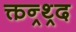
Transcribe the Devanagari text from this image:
क्तन्र्थ्र्द